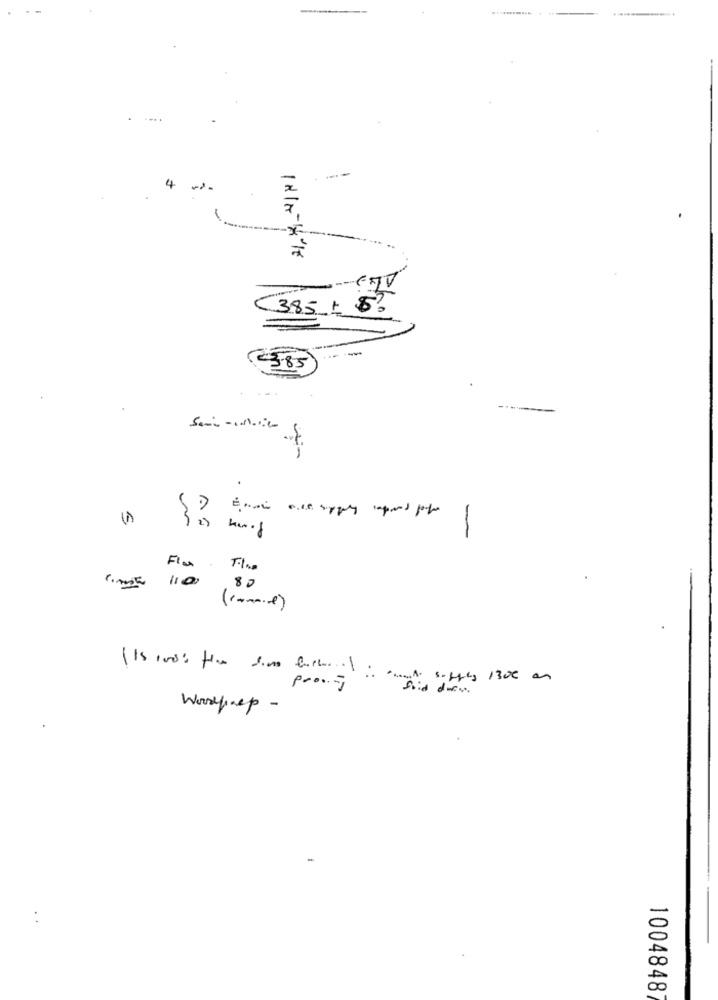
4
(385 , 8)
5.85
5
-
80
( Is ross fine din furboni want supply 1300 an
prong
suid dorn .
Washcep -
1004848